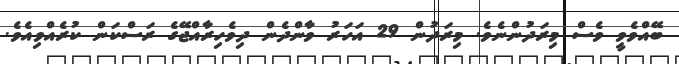
ބޭއްވެވީ ވެސް މިރަދުންނެވެ. މިރަދުން 29 އަހަރު ވާންދެން ދިވެހިރާއްޖޭގެ ރަސްކަން ކުރެއްވިއެވެ.